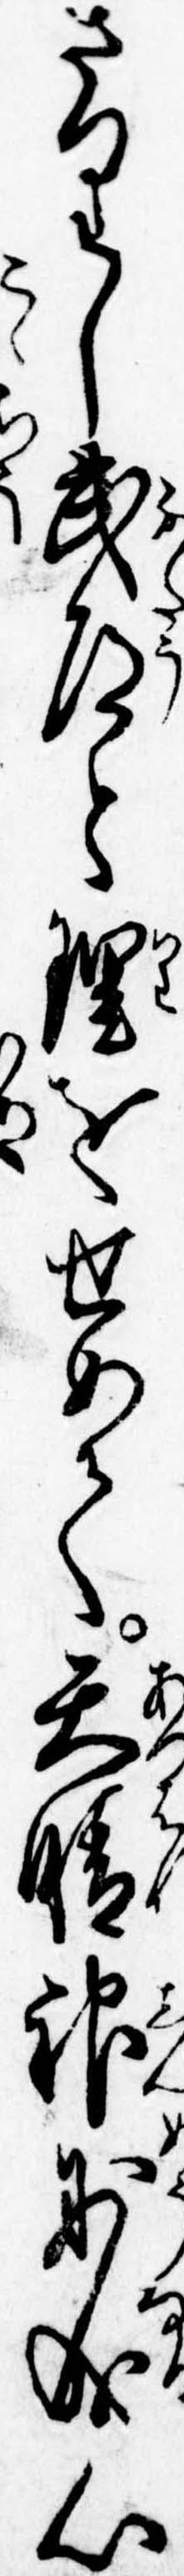
さりし武道と理をせめて天晴神妙成心